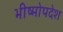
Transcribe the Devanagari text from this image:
भीष्मोपदेश